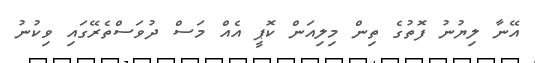
އޭނާ ލިޔުނު ފޮތުގެ ތިން މިލިއަން ކޮޕީ އެއް މަސް ދުވަސްތެރޭގައި ވިކުނު